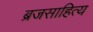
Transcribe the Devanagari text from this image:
ब्रजसाहित्य